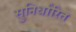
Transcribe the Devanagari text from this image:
सुनिर्धारित